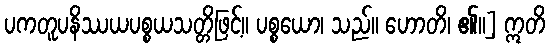
ပကတူပနိဿယပစ္စယသတ္တိဖြင့်။ ပစ္စယော၊ သည်။ ဟောတိ၊ ၏။] ဣတိ